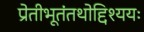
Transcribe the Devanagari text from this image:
प्रेतीभूतंतथोद्दिश्ययः